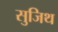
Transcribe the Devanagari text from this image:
सुजिथ